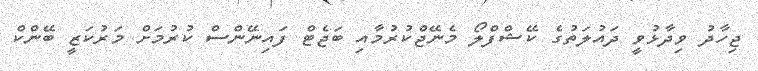
ޖިހާދު ވިދާޅުވީ ދައުލަތުގެ ކޭޝްފްލޯ މެނޭޖްކުރުމާއި ބަޖެޓް ފައިނޭންސް ކުރުމަށް މަރުކަޒީ ބޭންކް